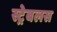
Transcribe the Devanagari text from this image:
स्ट्रेबलस